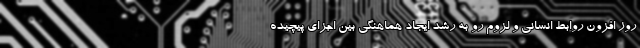
روز افزون روابط انسانی و لزوم رو به رشد ایجاد هماهنگی بین اجزای پیچیده